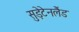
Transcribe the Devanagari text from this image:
सुड़ेटेनलैंड